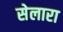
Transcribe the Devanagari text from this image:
सेलारा